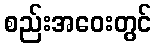
စည်းအဝေးတွင်